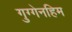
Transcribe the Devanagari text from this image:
गुग्गेनहिम